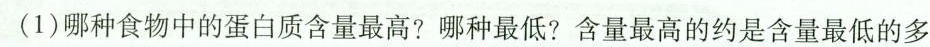
(1)哪种食物中的蛋白质含量最高?哪种最低?含量最高的约是含量最低的多